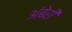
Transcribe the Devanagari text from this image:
अंबेरी